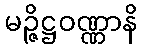
မဉ္ဇိဋ္ဌဝဏ္ဏာနိ